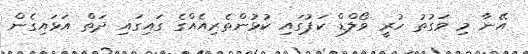
އޭނާ މި ވަގުތު ހުރީ ވޯލްޑް ކަޕުގައި ކުޅުންތެރިއެއްގެ ގައިގައި ދަތް އަޅައިގެން